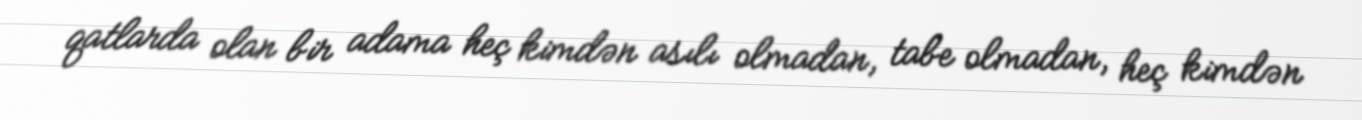
qatlarda olan bir adama heç kimdən asılı olmadan, tabe olmadan, heç kimdən